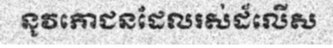
នូវភោជនដែលរស់ដ៏លើស